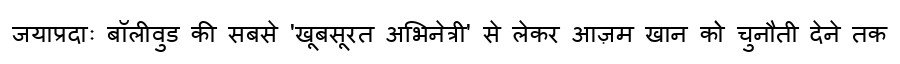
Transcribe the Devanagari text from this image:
जयाप्रदाः बॉलीवुड की सबसे 'खूबसूरत अभिनेत्री' से लेकर आज़म खान को चुनौती देने तक